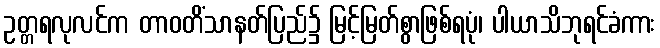
ဥတ္တရလုလင်က တာဝတိံသာနတ်ပြည်၌ မြင့်မြတ်စွာဖြစ်ရပုံ၊ ပါယာသိဘုရင်ခံကား